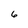
Character: 6